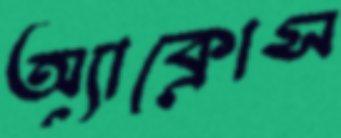
অ্যাক্রোস